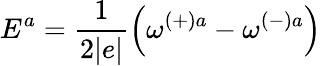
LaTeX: E^{a}=\frac{1}{2|e|}\left(\omega^{(+)a}-\omega^{(-)a}\right)